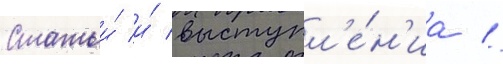
Статьи́ и́ выступл'е́н'иа //